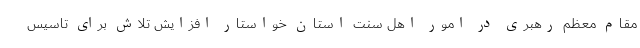
مقام معظم رهبری در امور اهل سنت استان خواستار افزایش تلاش برای تاسیس